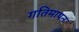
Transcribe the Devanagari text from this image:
गतिमापन